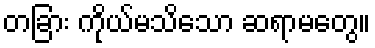
တခြား ကိုယ်မသိသော ဆရာမတွေ။